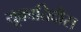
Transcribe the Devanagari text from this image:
यूक्रातिदीस